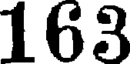
163